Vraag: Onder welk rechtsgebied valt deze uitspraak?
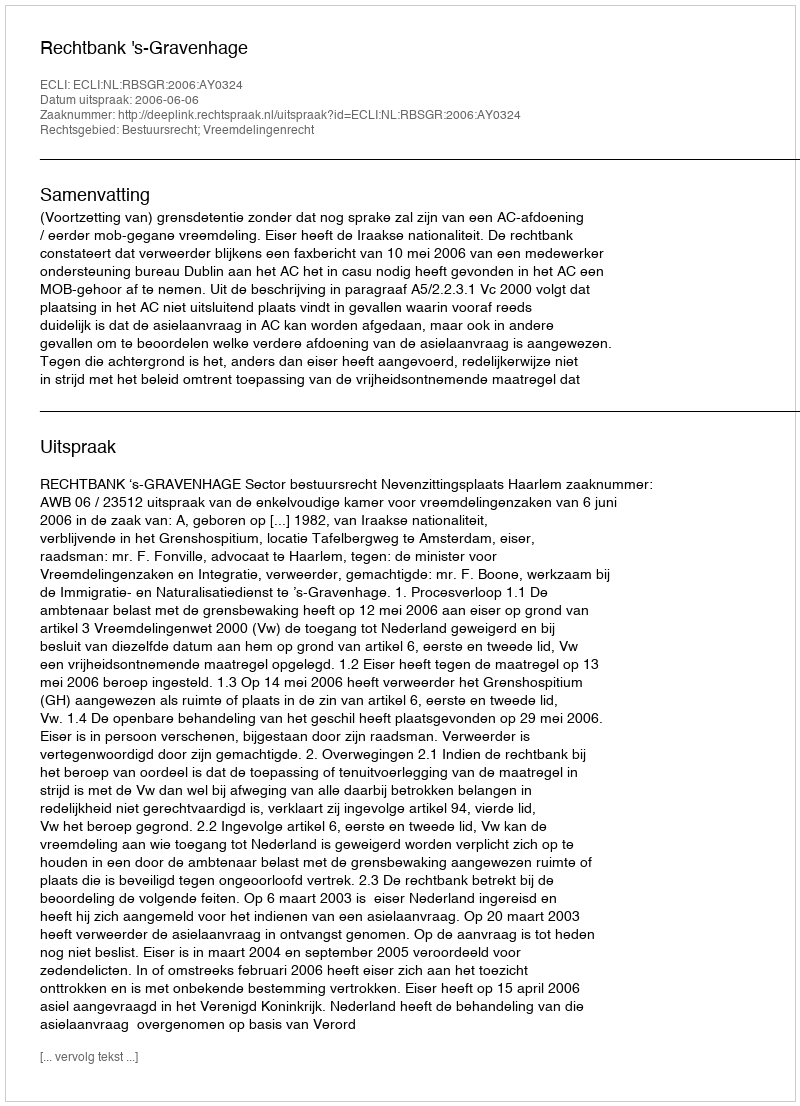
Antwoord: Bestuursrecht; Vreemdelingenrecht